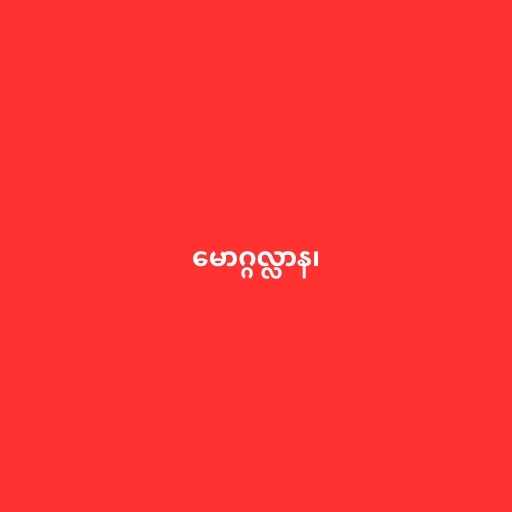
မောဂ္ဂလ္လာန၊